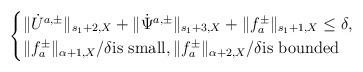
LaTeX: \begin{align*}\begin{cases}\|\dot{U}^{a,\pm}\|_{s_1+2, X}+\|\dot{\Psi}^{a,\pm}\|_{s_1+3, X}+\|f_a^\pm\|_{s_1+1, X}\le \delta, \\\|f_a^\pm\|_{\alpha+1, X}/\delta {\rm is~small}, \|f_a^\pm\|_{\alpha+2, X}/\delta {\rm is~bounded}\end{cases}\end{align*}